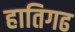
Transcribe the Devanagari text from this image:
हातिगढ